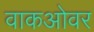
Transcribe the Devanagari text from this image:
वाकओवर